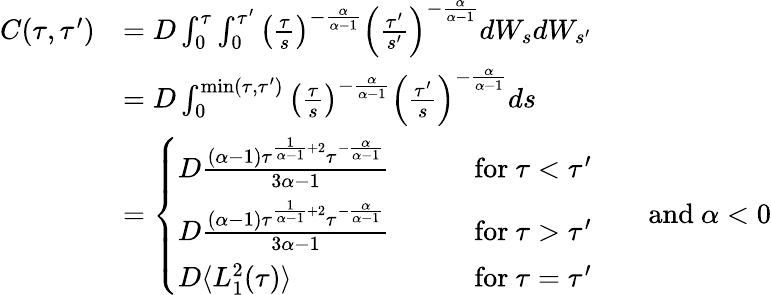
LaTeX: \begin{array}{rl}{C(\tau,\tau^{\prime})}&{=D\int_{0}^{\tau}\int_{0}^{\tau^{\prime}}\left(\frac{\tau}{s}\right)^{-\frac{\alpha}{\alpha-1}}\left(\frac{\tau^{\prime}}{s^{\prime}}\right)^{-\frac{\alpha}{\alpha-1}}dW_{s}dW_{s^{\prime}}}\\ &{=D\int_{0}^{\mathrm{min}(\tau,\tau^{\prime})}\left(\frac{\tau}{s}\right)^{-\frac{\alpha}{\alpha-1}}\left(\frac{\tau^{\prime}}{s}\right)^{-\frac{\alpha}{\alpha-1}}ds}\\ &{=\left\{ \begin{array}{ll}{D\frac{(\alpha-1)\tau^{\frac{1}{\alpha-1}+2}\tau^{-\frac{\alpha}{\alpha-1}}}{3\alpha-1}}&{\qquad\mathrm{for}\ \tau<\tau^{\prime}}\\ {D\frac{(\alpha-1)\tau^{\frac{1}{\alpha-1}+2}\tau^{-\frac{\alpha}{\alpha-1}}}{3\alpha-1}}&{\qquad\mathrm{for}\ \tau>\tau^{\prime}}\\ {D\langle L_{1}^{2}(\tau)\rangle}&{\qquad\mathrm{for}\ \tau=\tau^{\prime}}\end{array}\right.\qquad\mathrm{and}\ \alpha<0}\end{array}